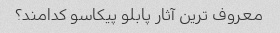
معروف ترین آثار پابلو پیکاسو کدامند؟